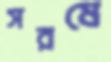
সরষে